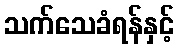
သက်သေခံရန်နှင့်